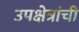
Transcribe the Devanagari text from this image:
उपक्षेत्रांची